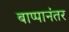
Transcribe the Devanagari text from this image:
बाप्पानंतर